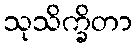
သုသိက္ခိတာ